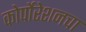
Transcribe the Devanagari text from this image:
कोर्पोरेशनचा